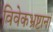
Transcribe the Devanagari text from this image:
विवेकभ्रष्टानां